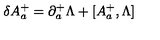
\delta A _ { a } ^ { + } = \partial _ { a } ^ { + } \Lambda + [ A _ { a } ^ { + } , \Lambda ]